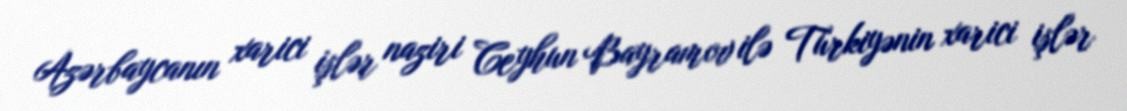
Azərbaycanın xarici işlər naziri Ceyhun Bayramov ilə Türkiyənin xarici işlər